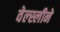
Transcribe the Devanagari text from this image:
वेल्स्लीने